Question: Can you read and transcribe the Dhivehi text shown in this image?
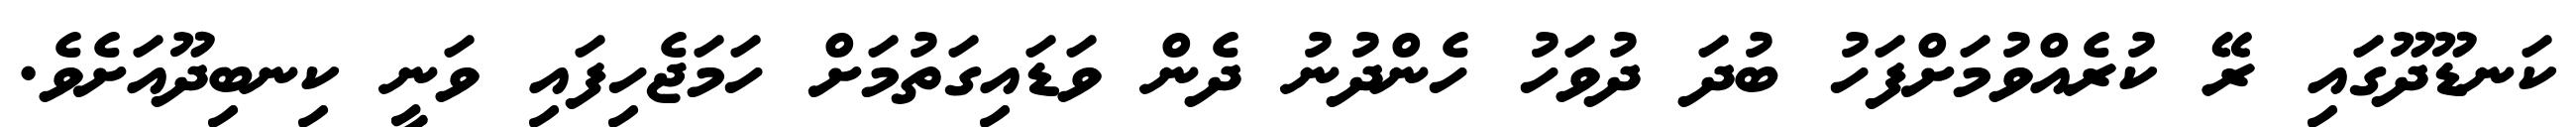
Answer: ކަނޑޫދޫގައި ރޭ ކުރެއްވުމަށްފަހު ބުދަ ދުވަހު ހެންދުނު ދެން ވަޑައިގަތުމަށް ހަމަޖެހިފައި ވަނީ ކިނބިދޫއަށެވެ.